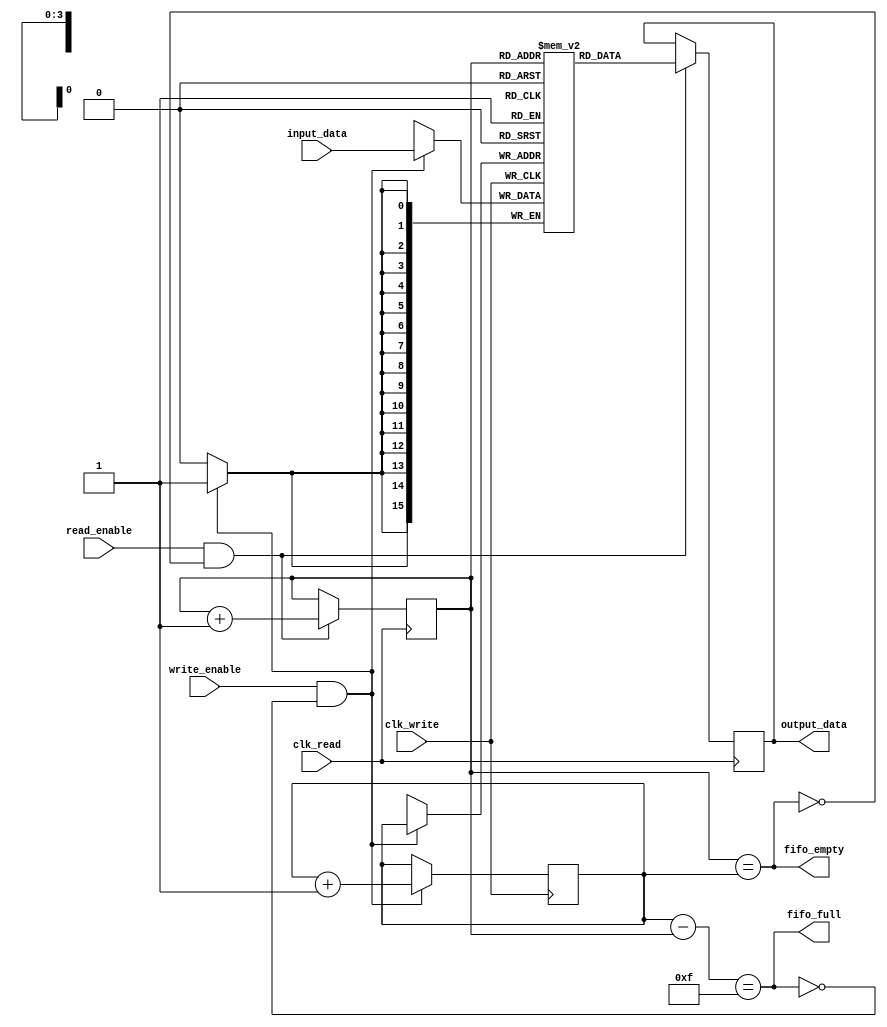

module fifo(clk_read,clk_write,input_data,output_data,write_enable,read_enable,fifo_full,fifo_empty);

parameter data_width = 16;
parameter fifo_depth_bits = 4;

input clk_read;
input clk_write;

input [data_width-1:0] input_data;

input write_enable;
input read_enable;

output reg [data_width-1:0] output_data;

output fifo_full;
output fifo_empty;

reg [data_width-1:0] internal_memory[(2**fifo_depth_bits)-1:0];

reg [fifo_depth_bits-1:0] read_pointer = 0;
reg [fifo_depth_bits-1:0] write_pointer = 0;

assign fifo_empty = (read_pointer == write_pointer);
wire [fifo_depth_bits-1:0]index_diff = write_pointer - read_pointer;
assign fifo_full = (index_diff == ((2**fifo_depth_bits)-1));

always@(posedge clk_read)begin
    if(read_enable && (!fifo_empty))begin
        output_data <= internal_memory[read_pointer];
        read_pointer <= read_pointer + 1;
    end
end

always@(posedge clk_write)begin
    if(write_enable && (!fifo_full))begin
        internal_memory[write_pointer] <= input_data;
        write_pointer <= write_pointer + 1;
    end
end

endmodule